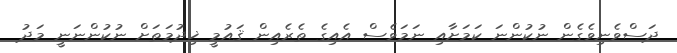
ދަސްވެނިވެގެން ނުކުންނަ ކަމަށާއި ނަމަވެސް އެއިގެ ތެރެއިން ޤައުމީ ޚިދުމަތަށް ނުކުންނަނީ މަދު